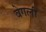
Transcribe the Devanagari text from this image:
वेगली